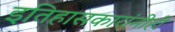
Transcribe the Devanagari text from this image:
इतिहासकारांनीही